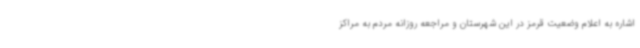
اشاره به اعلام وضعیت قرمز در این شهرستان و مراجعه روزانه مردم به مراکز